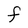
Character: F